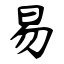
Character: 易